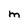
Character: M